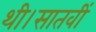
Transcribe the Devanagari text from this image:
थी।सातवीं